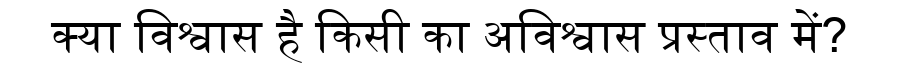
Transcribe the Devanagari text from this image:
क्या विश्वास है किसी का अविश्वास प्रस्ताव में?